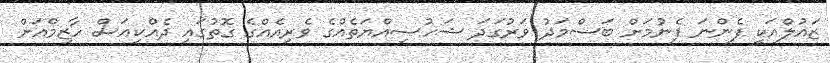
ޒައުލްއަކީ ފެންނަ ފެނުމަށް ބަސްމަދު ވަރުގަދަ ޝަހުސިއްޔަތެއްގެ ވެރިއެއްގެ ގޮތުގައި ދެއްކިއަސް ހާޒިމްއަށް